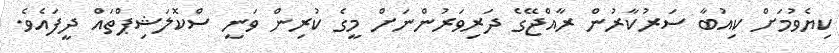
ކިޔެވުމަށް ކިއުބާ ސަރުކާރުން ރާއްޖޭގެ ދަރިވަރުންނަށް މީގެ ކުރިން ވަނީ ސްކޮލަޝިޕްތައް ދީފައެވެ.